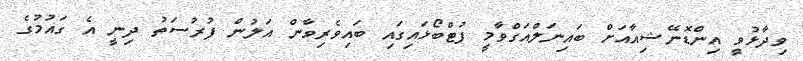
ވިދާޅުވީ އިންޑޮނޭޝިއާއަށް ބައިނަލްއަގްވާމީ ފުޓްބޯޅައިގައި ބައިވެރިވާން އަލުން ފުރުސަތު ދިނީ އެ ގައުމުގެ